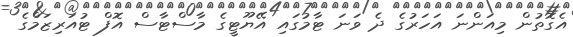
އެގޮތުން މިއަންނަ އަހަރުގެ ދެ ވަނަ ޓާމުގައި އޭޔޫޓީގެ މާސްޓާސް އޮފް ޓުއަރިޒަމްގެ